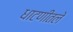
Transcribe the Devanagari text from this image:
धाटणीतले